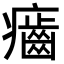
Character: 𤻽